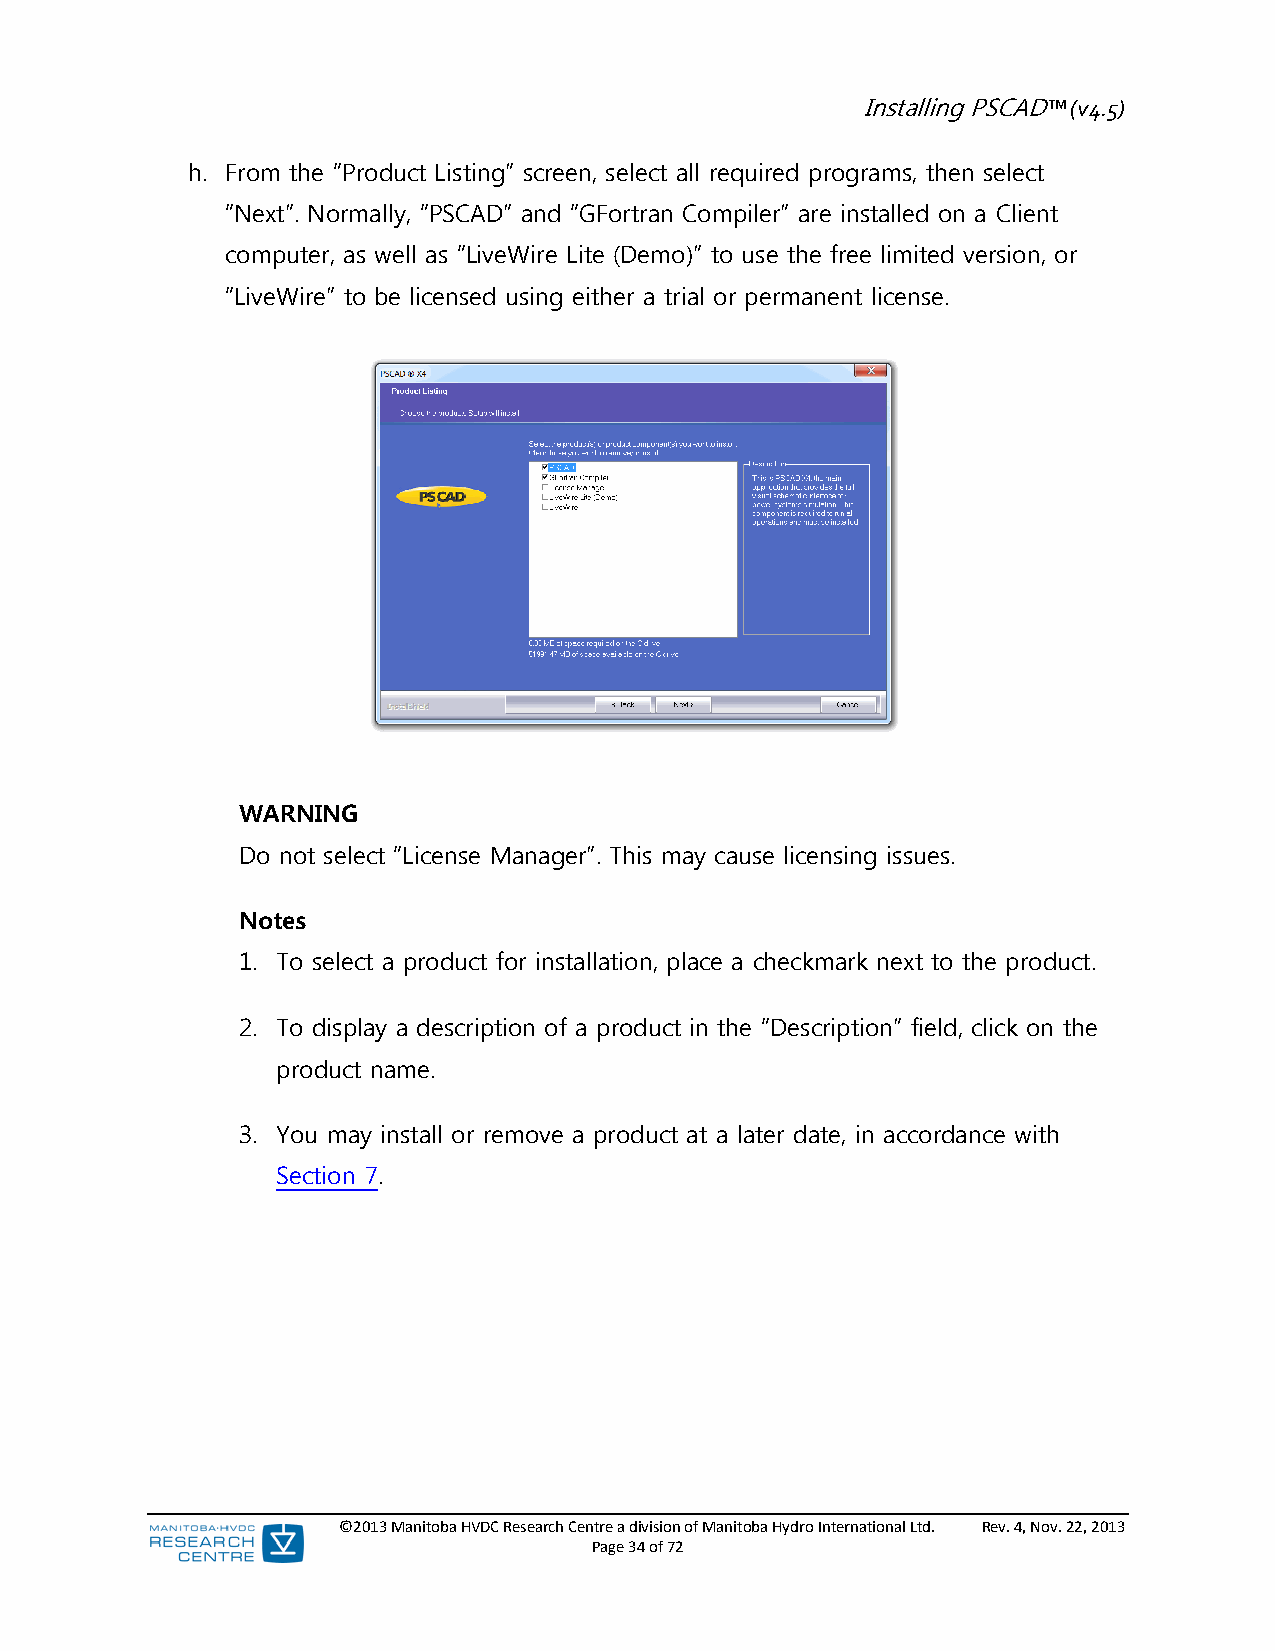
Installing PSCAD™ (v4.5)
 h. From the “Product Listing” screen, select all required programs, then select
 “Next”. Normally, “PSCAD” and “GFortran Compiler” are installed on a Client
 computer, as well as “LiveWire Lite (Demo)” to use the free limited version, or
 “LiveWire” to be licensed using either a trial or permanent license.
 WARNING
 Do not select “License Manager”. This may cause licensing issues.
 Notes
 1. To select a product for installation, place a checkmark next to the product.
 2. To display a description of a product in the “Description” field, click on the
 product name.
 3. You may install or remove a product at a later date, in accordance with
 Section 7.
 ©2013 Manitoba HVDC Research Centre a division of Manitoba Hydro International Ltd. Rev. 4, Nov. 22, 2013
 Page 34 of 72